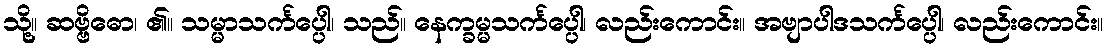
သို့။ ဆဗ္ဗိဓော၊ ၏။ သမ္မာသင်္ကပ္ပေါ၊ သည်။ နေက္ခမ္မသင်္ကပ္ပေါ၊ လည်းကောင်း။ အဗျာပါဒသင်္ကပ္ပေါ၊ လည်းကောင်း။